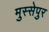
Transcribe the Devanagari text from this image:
मुस्सेपुर